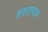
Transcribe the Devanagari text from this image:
हफ़्तावार